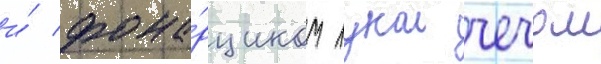
и́ фона́рщиком лукои чечом